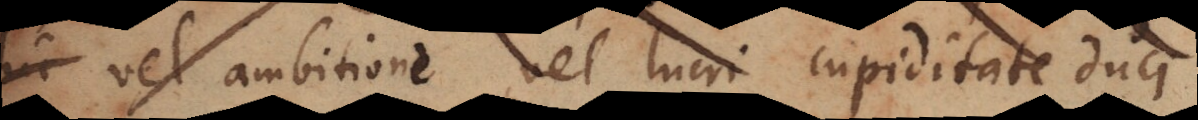
hic vel ambitione, vel lucri cupiditate duci